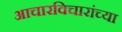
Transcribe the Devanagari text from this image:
आचारविचारांच्या